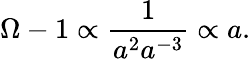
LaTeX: \Omega-1\propto\frac{1}{a^{2}a^{-3}}\propto a.